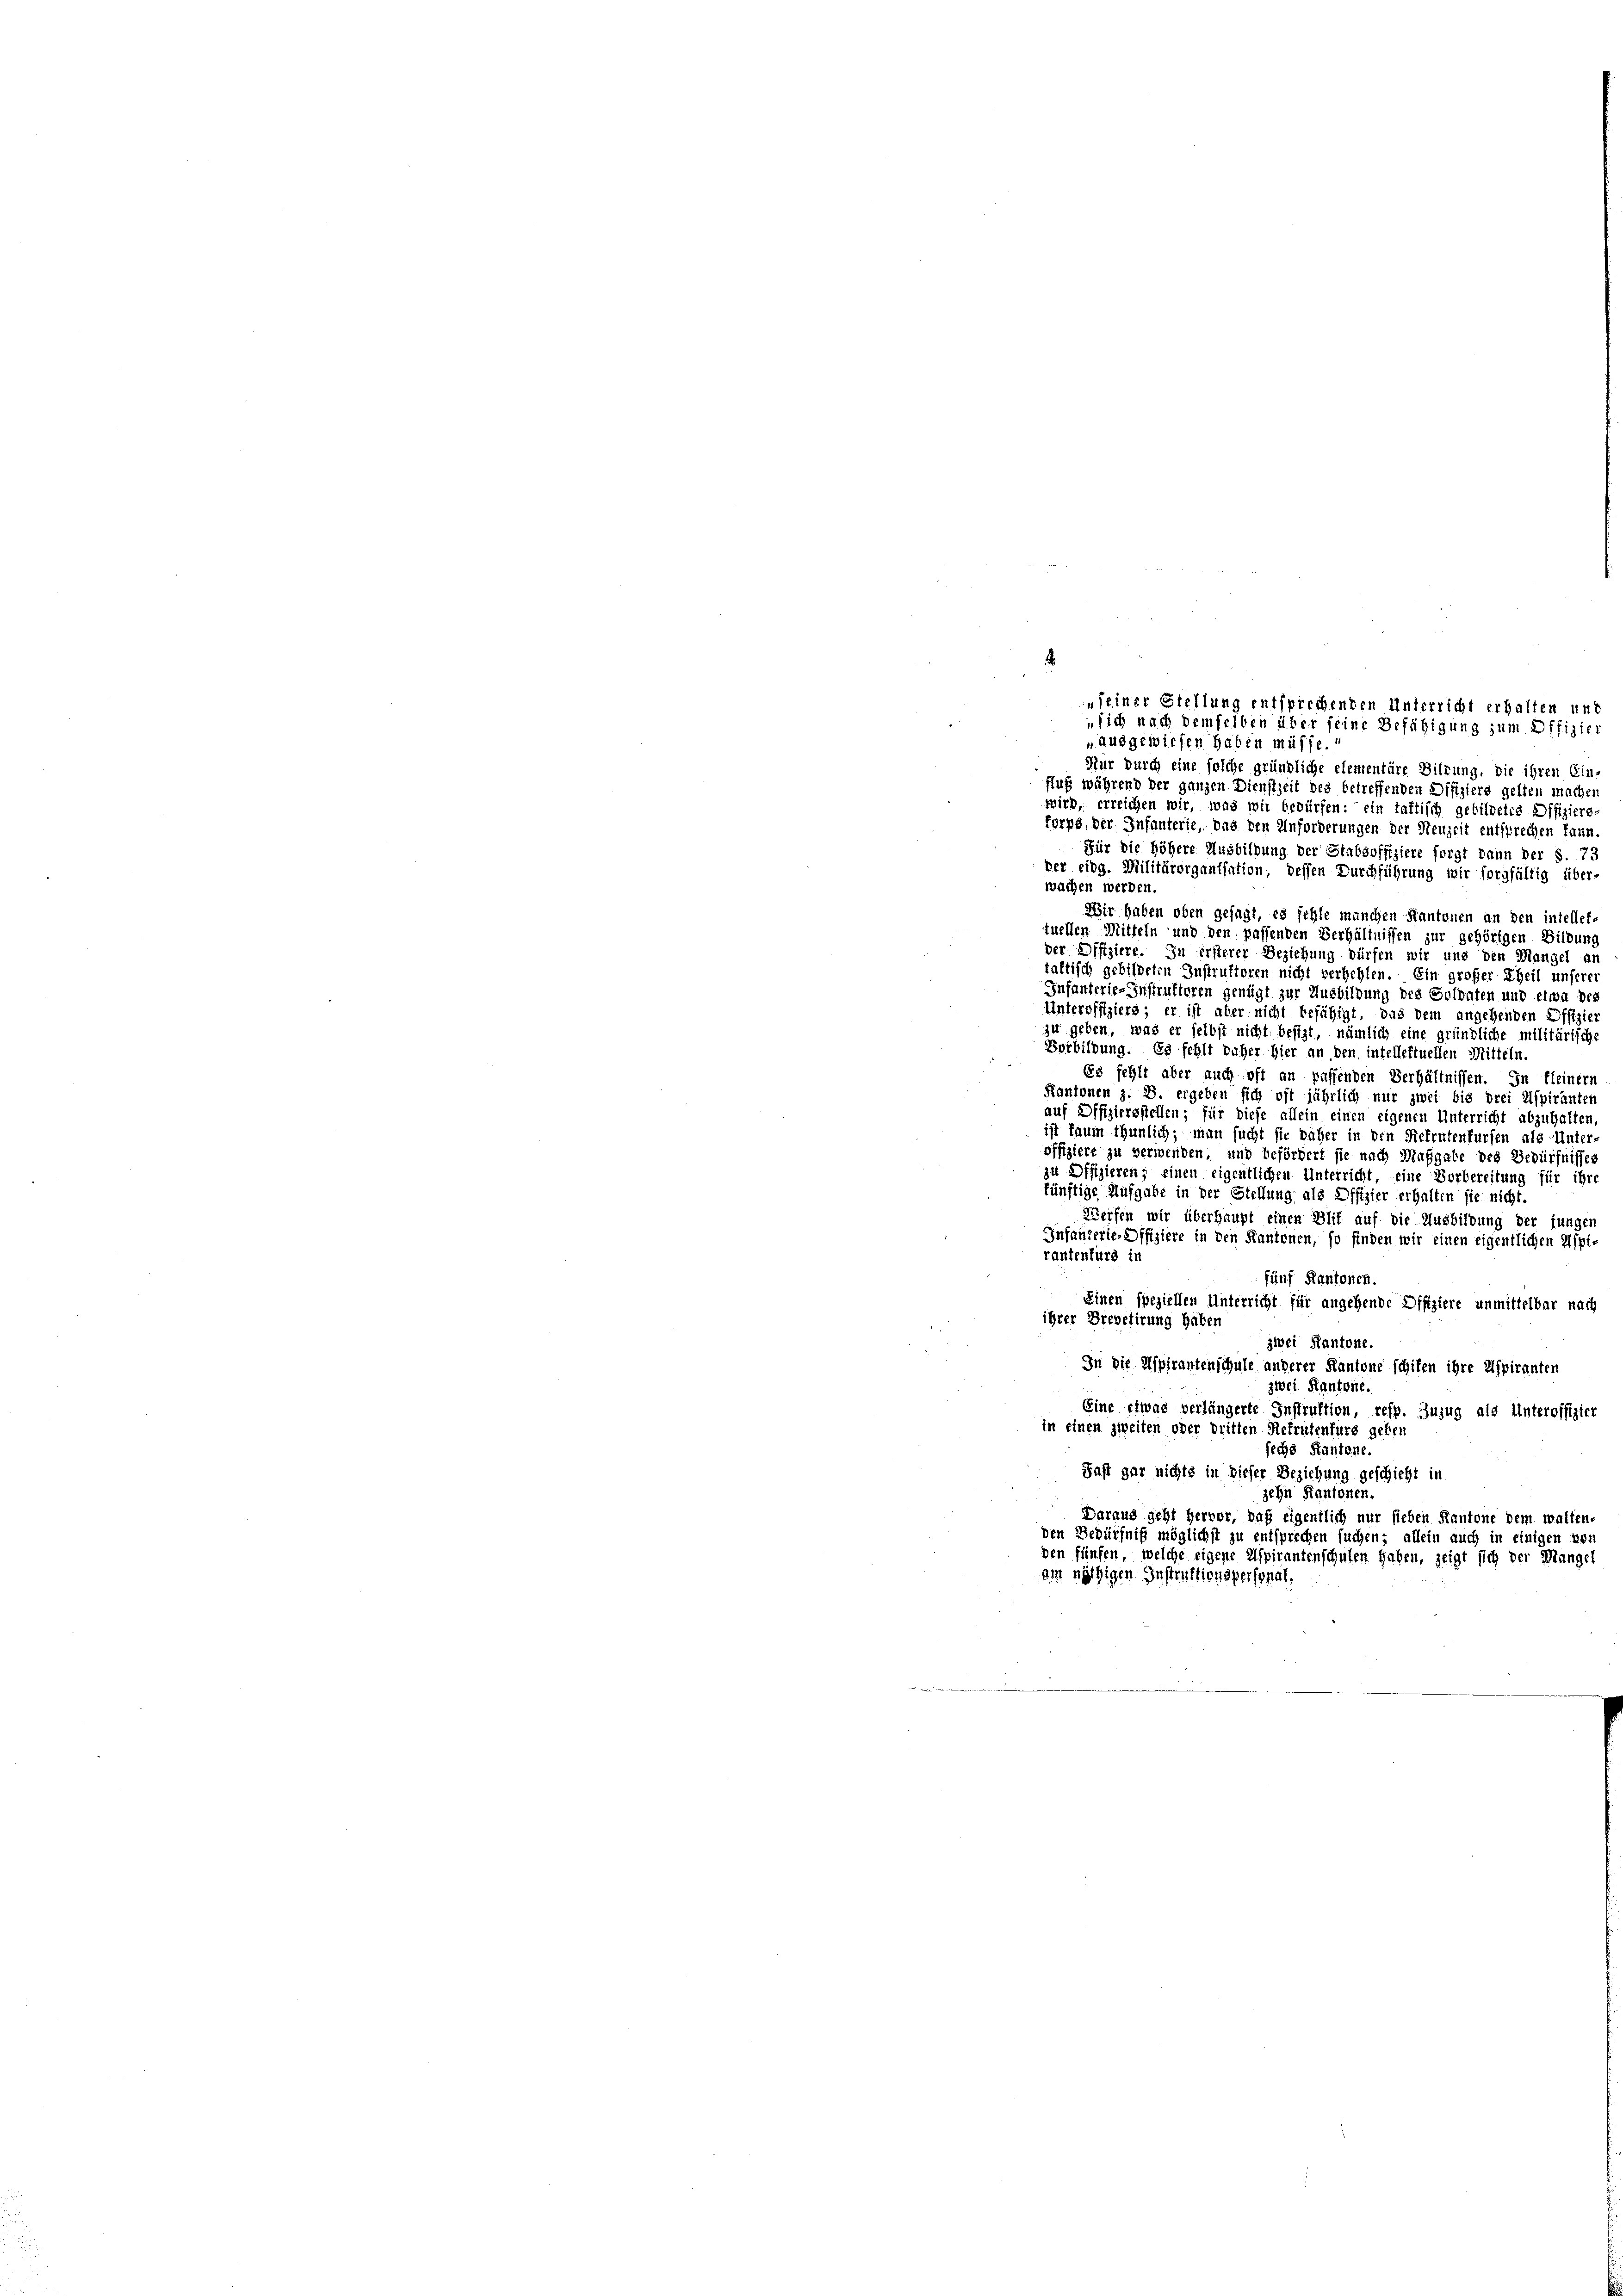
seiner Stellung entsprechenden Unterricht erhalten und
sich nach demselben über seine Befähigung zum Offizier
„ausgewiesen haben müsse.

Nur durch eine solche gründliche elementäre Sitzung, die ihren Ein
fuß während der ganzen Dienstzeit des betreffenden Difiziers gelten mache
wird, erreichen wir, was wir bedürfen: ein taftisch gebildetes Offiziers-
forps, der Infanterie, das den Anforderungen der Neuzeit entsprechen kann.
Für die höhere Ausbildung der Stabsoffiziere sorgt dann der S. 73
Der eidg. Militärorganisation, dessen Durchführung wir sorgfältig über-
wachen werden.
Wir haben oben gesagt, es fehle manchen Kantonen an den intellef-
tuellen Mitteln und den passenden Verhältnissen zur gehörigen Bildung
der Offiziere. In ersterer Beziehung dürfen wir uns den Mangel an
taftisch gebildeten Instruktoren nicht verhehlen. Ein großer Theil unserer
Infanterie-Instruktoren genügt zur Ausbildung des Soldaten und etwa des
Unteroffiziers; er ist aber nicht befähigt, das dem angehenden Offiziezu geben, was er selbst nicht besizt, nämlich eine gründliche militärische
Vorbildung. Es fehlt daher hier an den intellektuellen Mitteln.
Es fehlt aber auch oft an passenden Verhältnissen. In fleinern
Kantonen z. B. ergeben sich oft jährlich nur zwei bis drei Aspiranten
auf Offiziersstellen; für diese allein einen eigenen Unterricht abzuhalten,
ist kaum thunlich; man sucht sie näher in den Refratenfursen als Unter-
offiziere zu verwenden, und befördert sie nach Maßgabe des Bedürfnisses
zu Offizieren; einen eigentlichen Unterricht, eine Vorbereitung für ihre
künftige Aufgabe in der Stellung als Offizier erhalten sie nicht.
Werfen wir überhaupt einen Blit auf die Ausbildung der junger
Infanterie-Offiziere in den Kantonen, so finden wir einen eigentlichen Aspirantenfürs in
fünf Kantonen.
Einen speziellen Unterricht für angehende Offiziere unmittelbar nach
ihrer Brevetirung haben
zwei Kantone.
In die Aspirantenschule anderer Kantone schiten ihre Aspiranten
zwei Kantone.
Eine etwas verlängerte Instruktion, resp. Zuzug als Unteroffizier
in einen zweiten oder dritten Rekrutenfurs geben
sechs Kantone.
Fast gar nichts in dieser Beziehung geschieht in
zehn Kantonen.
Daraus geht hervor, daß eigentlich nur sieben Kantone dem walten-
den Bedürfniß möglichst zu entsprechen suchen; allein auch in einigen von
den fünfen, welche eigene Aspirantenschulen haben, zeigt sich der Mangel
die nöthigen Instruktionspersonal,